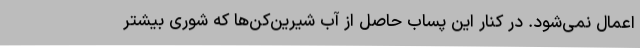
اعمال نمی‌شود. در کنار این پساب حاصل از آب شیرین‌کن‌ها که شوری بیشتر